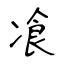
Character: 飡